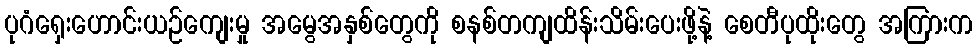
ပုဂံရှေးဟောင်းယဉ်ကျေးမှု အမွေအနှစ်တွေကို စနစ်တကျထိန်းသိမ်းပေးဖို့နဲ့ စေတီပုထိုးတွေ အကြားက